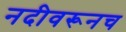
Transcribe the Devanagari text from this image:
नदीवरूनच